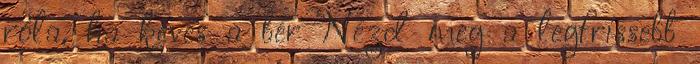
róla, ha kevés a bér Nézd meg a legfrissebb